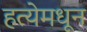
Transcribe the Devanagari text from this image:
हत्येमधून